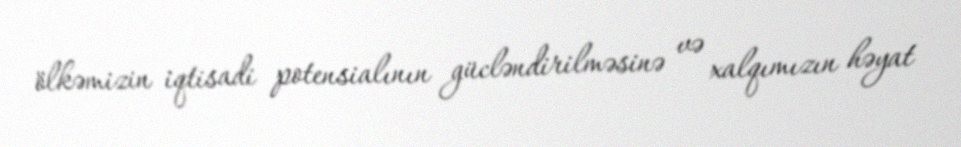
ölkəmizin iqtisadi potensialının gücləndirilməsinə və xalqımızın həyat